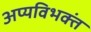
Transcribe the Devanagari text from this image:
अप्यविभक्तं